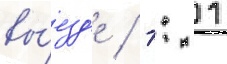
вы́езд'е / 1: 1